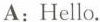
A: Hello.